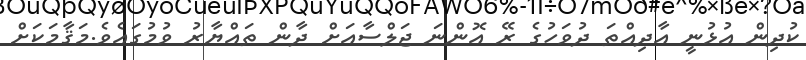
ކުދިން އުޅުނީ އާދިއްތަ ދުވަހުގެ ރޭ އޮންނަ ޖަލްސާއަށް ދާން ތައްޔާރު ވުމުގައެވެ.މަޤާމަކަށް